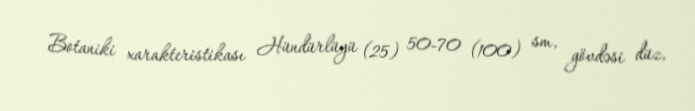
Botaniki xarakteristikası Hündürlüyü (25) 50-70 (100) sm, gövdəsi düz,